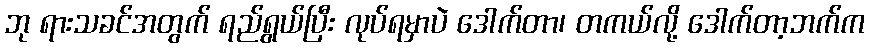
ဘု ရားသခင်အတွက် ရည်ရွယ်ပြီး လုပ်ရမှာပဲ ဒေါက်တာ၊ တကယ်လို့ ဒေါက်တာ့ဘက်က